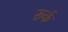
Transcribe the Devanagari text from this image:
रूर्क